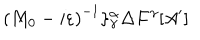
\left( M _ { 0 } - i \varepsilon \right) ^ { - 1 } \} _ { \gamma } ^ { \alpha } \Delta F ^ { \gamma } [ A ^ { \prime } ]